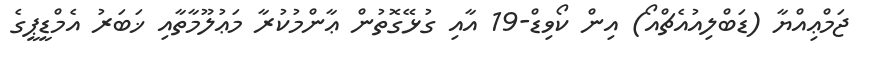
ޖަމްޢިއްޔާ (ޑަބްލިއުއެޗްއޯ) އިން ކޯވިޑް-19 އާއި ގުޅޭގޮތުން ޢާންމުކުރާ މަޢުލޫމާތާއި ޚަބަރު އެމްޑީޕީގެ